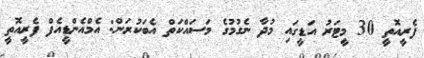
ފެރީއޮތީ 30 މީޓަރު އަޑީގައި މުދާ ނެގުމުގެ މަސައްކަތް އެބަކުރަން: އެމްއެންޑީއެފް ފެރީއޮތީ